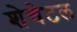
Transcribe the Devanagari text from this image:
शेचेटल